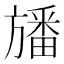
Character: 旙